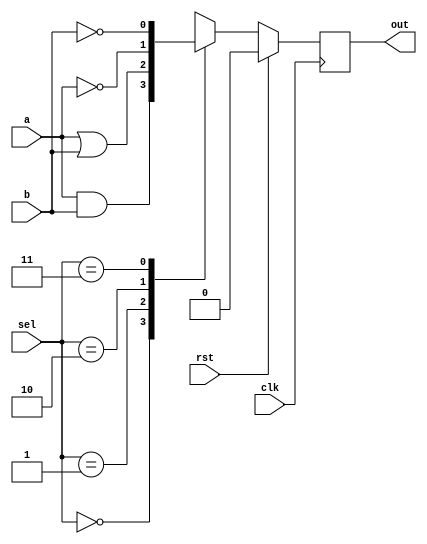
`timescale 1ns / 1ps
//////////////////////////////////////////////////////////////////////////////////
// Company: 
// Engineer: 
// 
// Design Name: 
// Module Name: simpleALU
// Project Name: 
// Target Devices: 
// Tool Versions: 
// Description: 
// 
// Dependencies: 
// 
// Revision:
// Revision 0.01 - File Created
// Additional Comments:
// 
//////////////////////////////////////////////////////////////////////////////////


module simpleALU (
    input a,b,clk,rst,
    input [1:0] sel,      // Selection lines
    output reg out         // Output
);

always @(posedge clk) begin //behavioral modeling scheme
if(!rst)
    case(sel)
        2'b00: out = a&b;
        2'b01: out = a|b;
        2'b10: out = !a;
        2'b11: out = !b;
    endcase
    else
    out=0;
 end
endmodule